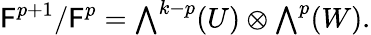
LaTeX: \mathsf{F}^{p+1}/\mathsf{F}^{p}={\textstyle\bigwedge}^{k-p}(U)\otimes{\textstyle\bigwedge}^{p}(W).